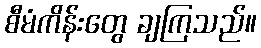
စီမံကိန်းတွေ ချကြသည်။